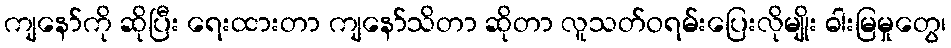
ကျနော်ကို ဆိုပြီး ရေးထားတာ ကျနော်သိတာ ဆိုတာ လူသတ်ဝရမ်းပြေးလိုမျိုး ဓါးမြမှုတွေ၊